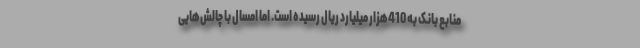
منابع بانک به 410هزار میلیارد ریال رسیده است. اما امسال با چالش‌هایی